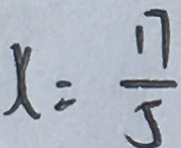
x = \frac { 1 7 } { 5 }